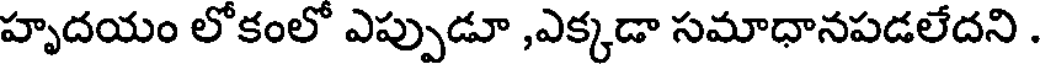
హృదయం లోకంలో ఎప్పుడూ ,ఎక్కడా సమాధానపడలేదని .